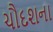
ચૌદશના